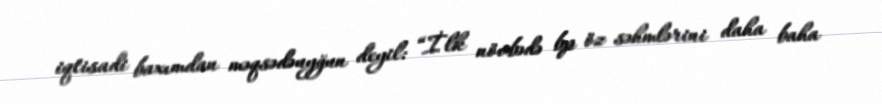
iqtisadi baxımdan məqsədəuyğun deyil: “İlk növbədə bp öz səhmlərini daha baha